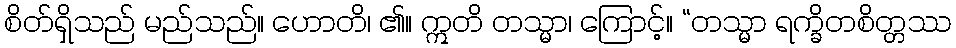
စိတ်ရှိသည် မည်သည်။ ဟောတိ၊ ၏။ ဣတိ တသ္မာ၊ ကြောင့်။ “တသ္မာ ရက္ခိတစိတ္တဿ